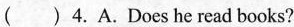
( )4.A.Does he read books?